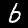
Digit: 6